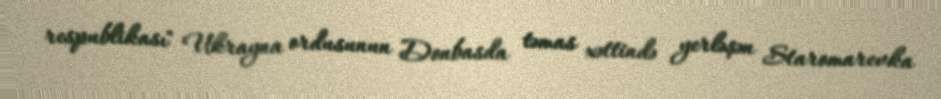
respublikası" Ukrayna ordusunun Donbasda təmas xəttində yerləşən Staromarevka